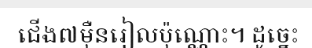
ជើង៧ម៉ឺនរៀលប៉ុណ្ណោះ។ ដូច្នេះ